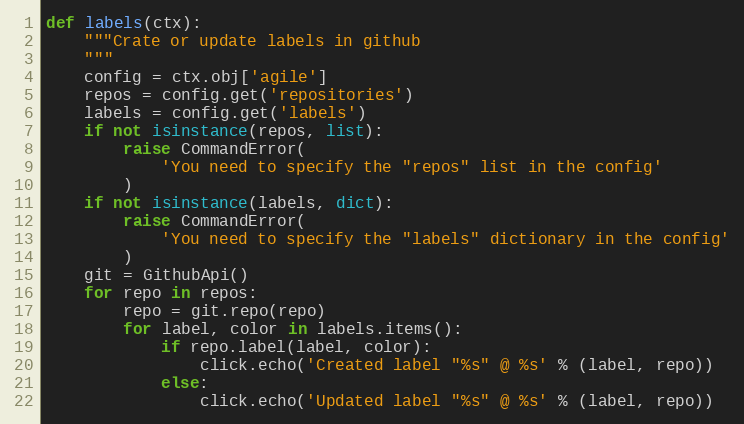
Language: Python
def labels(ctx):
    """Crate or update labels in github
    """
    config = ctx.obj['agile']
    repos = config.get('repositories')
    labels = config.get('labels')
    if not isinstance(repos, list):
        raise CommandError(
            'You need to specify the "repos" list in the config'
        )
    if not isinstance(labels, dict):
        raise CommandError(
            'You need to specify the "labels" dictionary in the config'
        )
    git = GithubApi()
    for repo in repos:
        repo = git.repo(repo)
        for label, color in labels.items():
            if repo.label(label, color):
                click.echo('Created label "%s" @ %s' % (label, repo))
            else:
                click.echo('Updated label "%s" @ %s' % (label, repo))